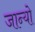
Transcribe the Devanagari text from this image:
जान्यो